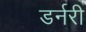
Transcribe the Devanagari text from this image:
डर्नरी